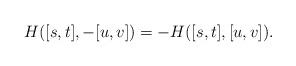
LaTeX: \begin{align*}H([s, t], -[u, v]) = -H([s, t], [u, v]) .\end{align*}